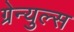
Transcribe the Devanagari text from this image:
ग्रेन्युल्स